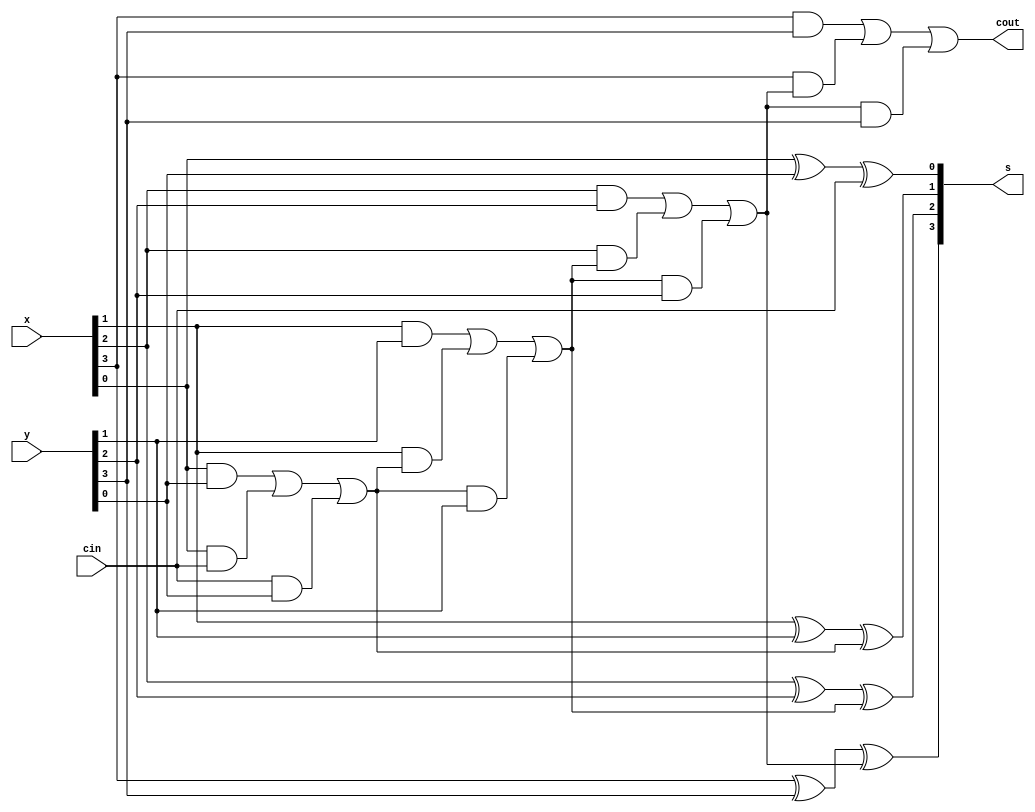

`timescale 1ns / 1ps

module fa(cin,x,y,s,cout
    );
parameter n=4;
input cin; //carry input
input [n-1:0]x,y;//numbers to be added 
output [n-1:0]s;//sum
output cout;//carry out
wire [n:0]c;

genvar k; // generate 32 full adders with k as variable
assign c[0]=cin;
assign cout=c[n];

generate // generate 32 full adders 
for(k=0;k<n;k=k+1)
begin:fa
wire z1,z2,z3;
xor(s[k],x[k],y[k],c[k]);
and(z1,x[k],y[k]);
and(z2,x[k],c[k]);
and(z3,c[k],y[k]);
or(c[k+1],z1,z2,z3);
end
endgenerate 
endmodule